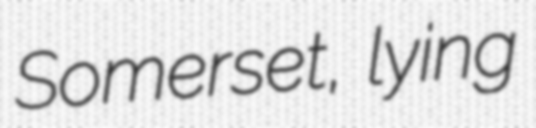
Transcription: Somerset, lying